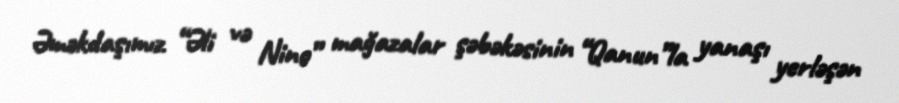
Əməkdaşımız “Əli və Nino” mağazalar şəbəkəsinin “Qanun”la yanaşı yerləşən